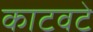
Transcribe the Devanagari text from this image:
काटवटे